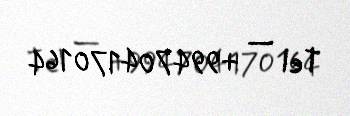
Tel — +994704170164